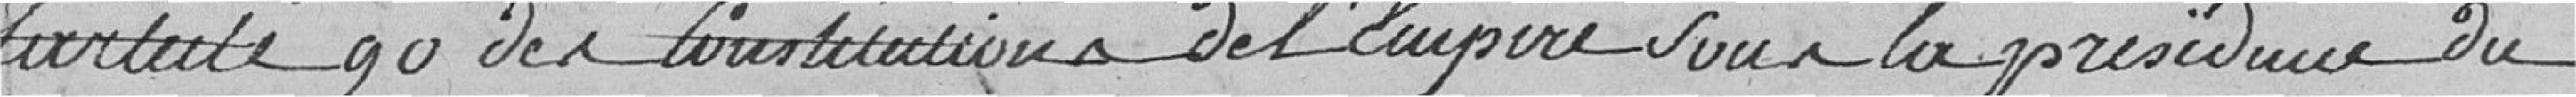
l'article 90des Constitutions de l'Empire sous la présidence du